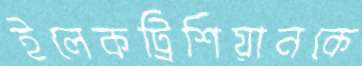
ইলেকট্রিশিয়ানকে